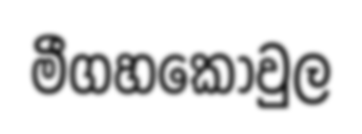
මීගහකොවුල